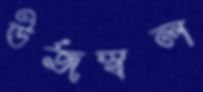
ঊর্জস্বল